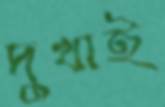
দুখাই